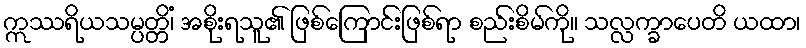
ဣဿရိယသမ္ပတ္တိံ၊ အစိုးရသူ၏ ဖြစ်ကြောင်းဖြစ်ရာ စည်းစိမ်ကို။ သလ္လက္ခာပေတိ ယထာ၊